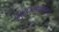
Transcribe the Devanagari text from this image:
पोटनिवडणुकांमध्ये